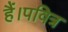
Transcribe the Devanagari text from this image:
हैं।पवित्र